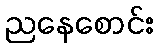
ညနေစောင်း